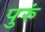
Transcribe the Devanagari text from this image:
पुरुं